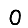
Digit: 0